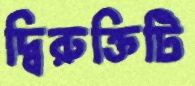
দ্বিরুক্তিটি